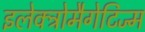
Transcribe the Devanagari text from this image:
इलेक्ट्रोमैगेटिज्म